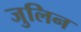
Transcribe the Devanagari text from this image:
जुलिन